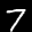
Label: 7